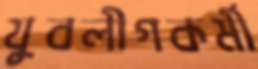
যুবলীগকর্মী